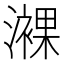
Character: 𤁖